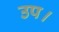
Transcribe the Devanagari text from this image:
उप।